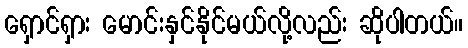
ရှောင်ရှား မောင်းနှင်နိုင်မယ်လို့လည်း ဆိုပါတယ်။